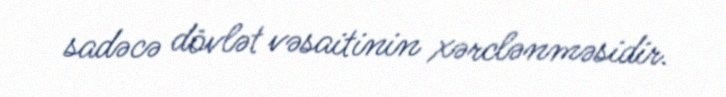
sadəcə dövlət vəsaitinin xərclənməsidir.